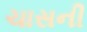
ચાસની